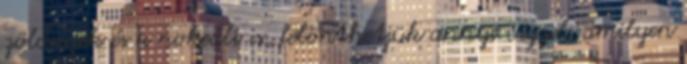
zöldségek és a nokedli is, felönthetjük annyi vízzel, amilyen